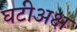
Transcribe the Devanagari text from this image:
घटीअक्ष